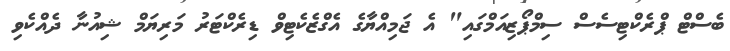
ބެސްޓް ޕްރެކްޓިސެސް ސިމްޕޯޒިއަމްގައި" އެ ޖަމިއްޔާގެ އެގްޒެކެޓިވް ޑިރެކްޓަރު މަރިޔަމް ޝިއުނާ ދެއްކެވި